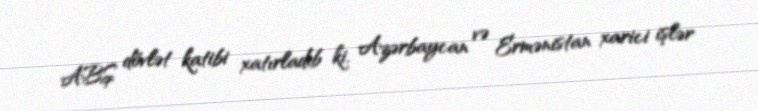
ABŞ dövlət katibi xatırladıb ki, Azərbaycan və Ermənistan xarici işlər